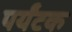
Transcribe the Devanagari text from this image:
पर्यंटक